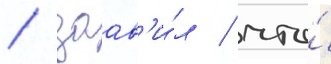
/ заав'и́л / что́